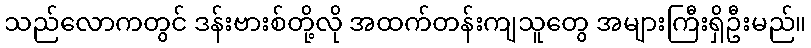
သည်လောကတွင် ဒန်းဗားစ်တို့လို အထက်တန်းကျသူတွေ အများကြီးရှိဦးမည်။